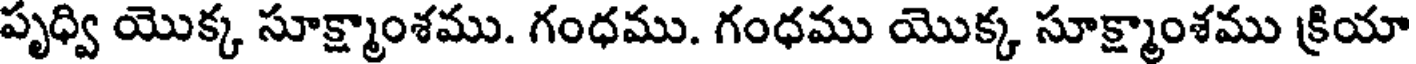
పృధ్వి యొక్క సూక్ష్మాంశము. గంధము. గంధము యొక్క సూక్ష్మాంశము క్రియా